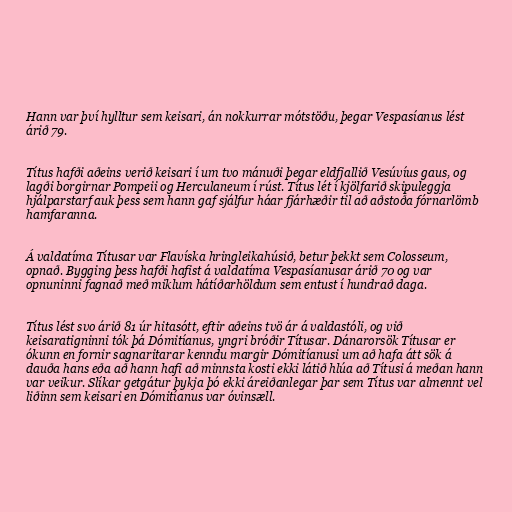
Hann var því hylltur sem keisari, án nokkurrar mótstöðu, þegar Vespasíanus lést
árið 79.

Títus hafði aðeins verið keisari í um tvo mánuði þegar eldfjallið Vesúvíus gaus, og
lagði borgirnar Pompeii og Herculaneum í rúst. Títus lét í kjölfarið skipuleggja
hjálparstarf auk þess sem hann gaf sjálfur háar fjárhæðir til að aðstoða fórnarlömb
hamfaranna.

Á valdatíma Títusar var Flavíska hringleikahúsið, betur þekkt sem Colosseum,
opnað. Bygging þess hafði hafist á valdatíma Vespasíanusar árið 70 og var
opnuninni fagnað með miklum hátíðarhöldum sem entust í hundrað daga.

Títus lést svo árið 81 úr hitasótt, eftir aðeins tvö ár á valdastóli, og við
keisaratigninni tók þá Dómitíanus, yngri bróðir Títusar. Dánarorsök Títusar er
ókunn en fornir sagnaritarar kenndu margir Dómitíanusi um að hafa átt sök á
dauða hans eða að hann hafi að minnsta kosti ekki látið hlúa að Títusi á meðan hann
var veikur. Slíkar getgátur þykja þó ekki áreiðanlegar þar sem Títus var almennt vel
liðinn sem keisari en Dómitíanus var óvinsæll.